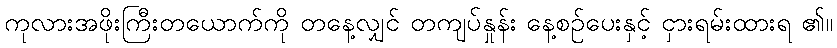
ကုလားအဖိုးကြီးတယောက်ကို တနေ့လျှင် တကျပ်နှုန်း နေ့စဉ်ပေးနှင့် ငှားရမ်းထားရ ၏။